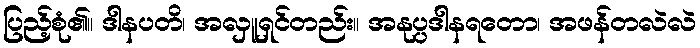
ပြည့်စုံ၏။ ဒါနပတိ၊ အလှူရှင်တည်း။ အနုပ္ပဒါနရတော၊ အဖန်တလဲလဲ